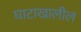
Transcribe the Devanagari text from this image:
घाटाखालील